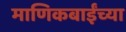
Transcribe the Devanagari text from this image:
माणिकबाईंच्या